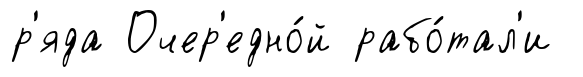
р'яда Очер'едно́й рабо́тал'и